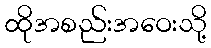
ထိုအစည်းအဝေးသို့